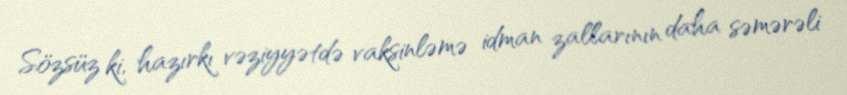
Sözsüz ki, hazırkı vəziyyətdə vaksinləmə idman zallarının daha səmərəli